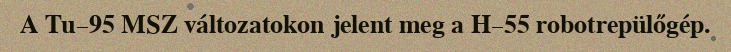
A Tu–95 MSZ változatokon jelent meg a H–55 robotrepülőgép.